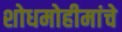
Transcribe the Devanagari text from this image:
शोधमोहीमांचे